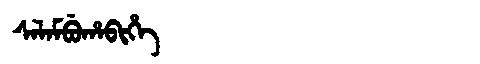
Manchu: ᠰᠠᠯᠠᠮᠪᡠᡥᠠᠪᡳᡥᡝ
Romanization: SALAMBUHABIHE